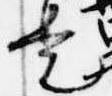
是